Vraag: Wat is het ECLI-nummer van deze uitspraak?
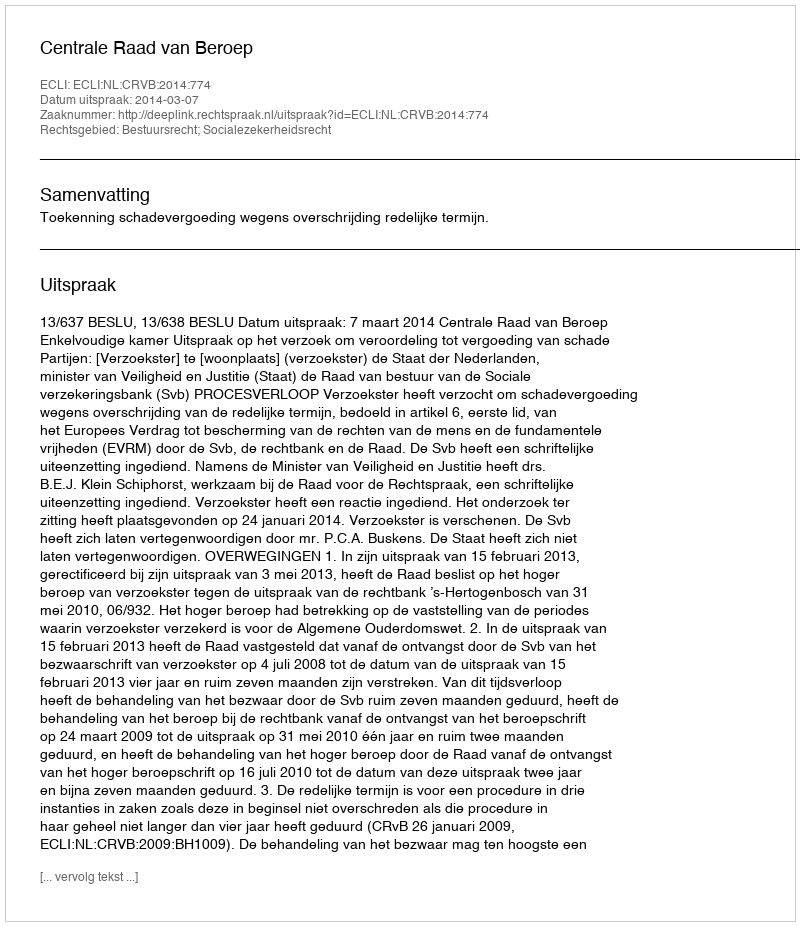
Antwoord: ECLI:NL:CRVB:2014:774